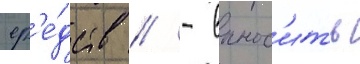
ср'е́дств // - вынос'ить